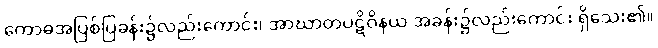
ကောဓအပြစ်ပြခန်း၌လည်းကောင်း၊ အာဃာတပဋိဝိနယ အခန်း၌လည်းကောင်း ရှိသေး၏။